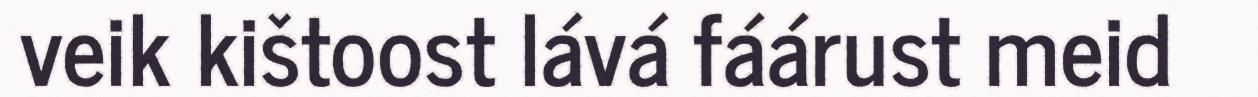
veik kištoost lává fáárust meid